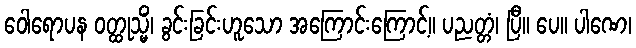
ဝေါရောပန ဝတ္ထုသ္မိံ၊ ခွင်းခြင်းဟူသော အကြောင်းကြောင့်။ ပညတ္တံ၊ ပြီ။ ပေ။ ပါဏေ၊